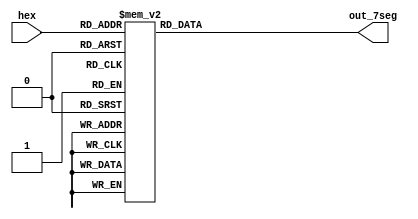
// MAPS SINGLE HEX DIGIT TO 7-BIT BINARY FOR 7-SEG DISPLAY USE.

module hex_to_7seg (hex, out_7seg);

	input [3:0] hex;
	output reg [6:0] out_7seg;
	
	always @* begin
		case (hex)
			'h0:		out_7seg = 7'b1000000; // 0
			'h1:		out_7seg = 7'b1111001; // 1
			'h2:		out_7seg = 7'b0100100; // 2
			'h3:		out_7seg = 7'b0110000; // 3
			'h4:		out_7seg = 7'b0011001; // 4
			'h5:		out_7seg = 7'b0010010; // 5
			'h6:		out_7seg = 7'b0000010; // 6
			'h7:		out_7seg = 7'b1111000; // 7
			'h8:		out_7seg = 7'b0000000; // 8
			'h9:		out_7seg = 7'b0011000; // 9
			'hA:		out_7seg = 7'b0001000; // A
			'hb:		out_7seg = 7'b0000011; // b
			'hC:		out_7seg = 7'b1000110; // C
			'hd:		out_7seg = 7'b0100001; // d
			'hE:		out_7seg = 7'b0000110; // E
			'hF:		out_7seg = 7'b0001110; // F
			default:	out_7seg = 7'b0110110; // error
		endcase
	end

endmodule